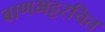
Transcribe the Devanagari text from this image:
बाणभट्टरचित